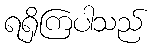
ရရှိကြပါသည်